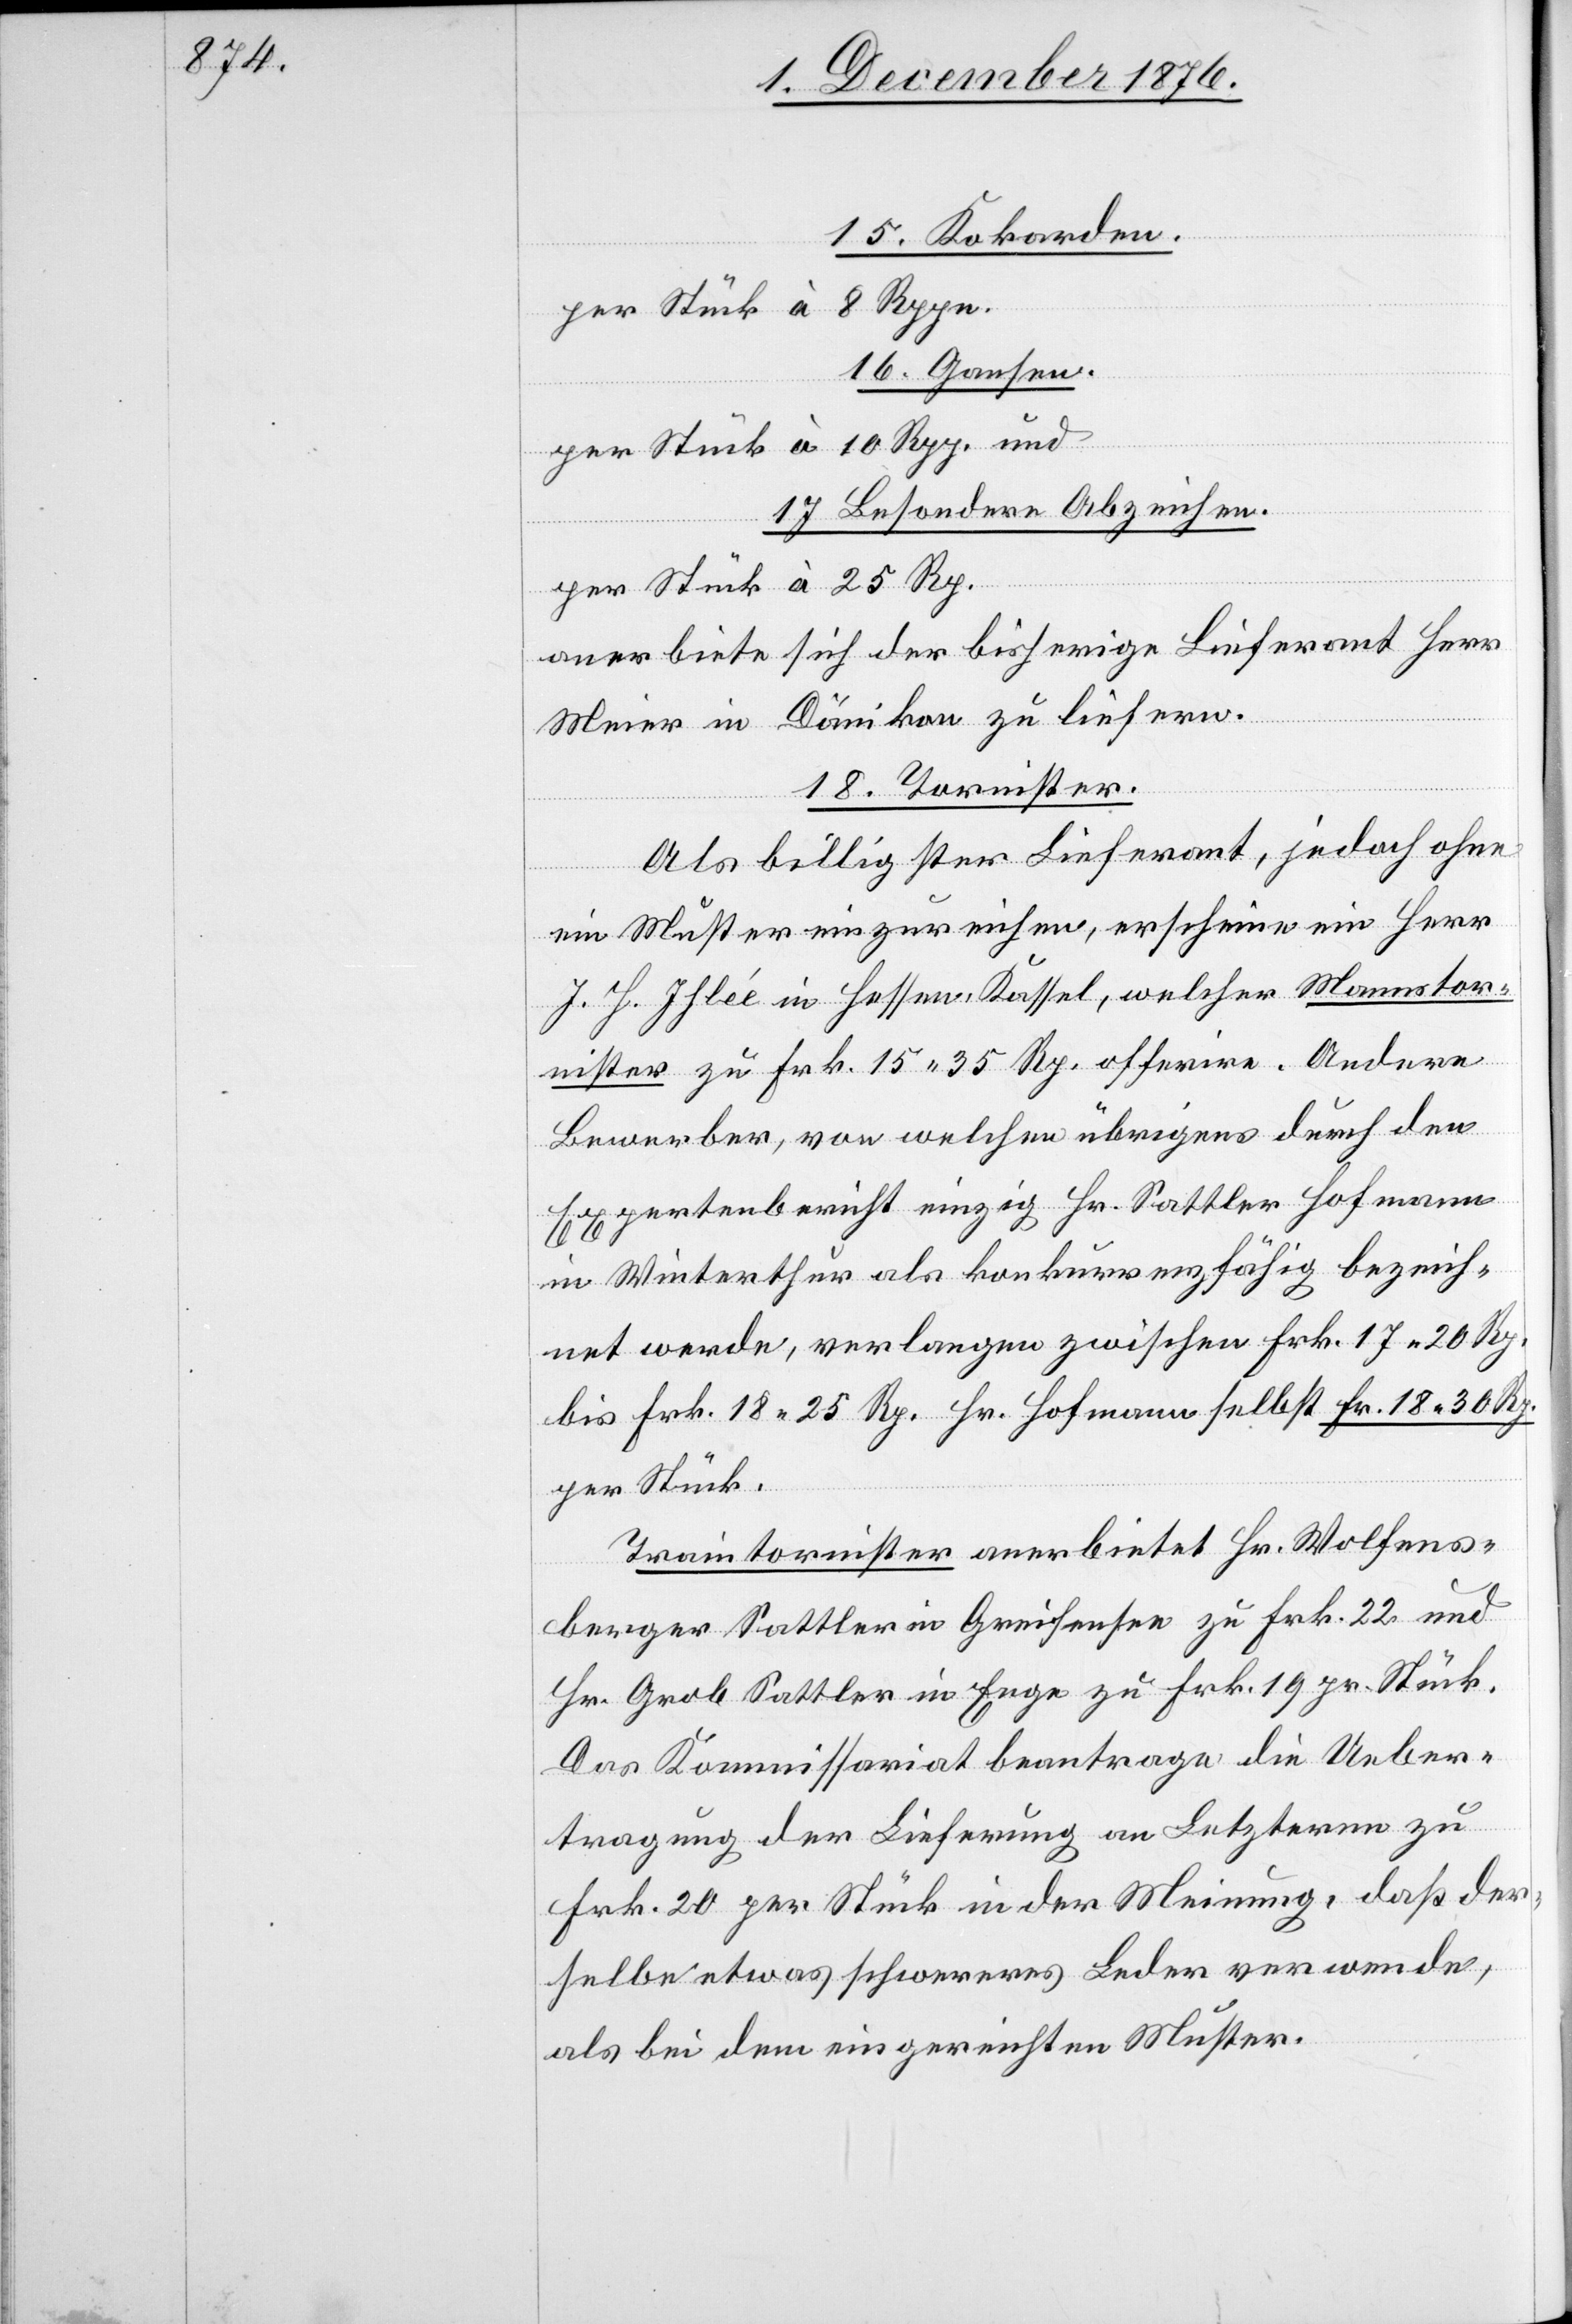
15. Kokarden.
per Stück à 8 Rppn.
16. Gansen.
per Stück à 10 Rp. und
17. Besondere Abzeichen.
per Stück à 25 Rp.
anerbiete sich der bisherige Lieferant Herr
Meier in Dänikon zu liefern.
18. Tornister.
Als billigster Lieferant, jedoch ohne
ein Muster einzureichen, erscheine ein Herr
J. H. Illée in Hessen, Kassel, welcher Mannstor¬
nister zu Frk. 15 35 Rp. offerire. Andere
Bewerber, von welchen übrigens durch den
Expertenbericht einzig Hr. Sattler Hofmann
in Winterthur als konkurrenzfähig bezeich¬
net werde, verlangen zwischen Frk. 17 20 Rp.
bis Frk. 18 25 Rp. Hr. Hofmann selbst Fr. 18 30 Rp.
per Stück.
Traintornister anerbietet Hr. Wolfens¬
berger Sattler in Greifensee zu Frk. 22 und
Hr. Grob Sattler in Enge zu Frk. 19 pr. Stück.
Das Kommissariat beantrage die Ueber¬
tragung der Lieferung an Letzteren zu
Frk. 20 per Stück in der Meinung, daß der¬
selbe etwas schwereres Leder verwende,
als bei dem eingereichten Muster.